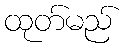
ထုတ်မည်